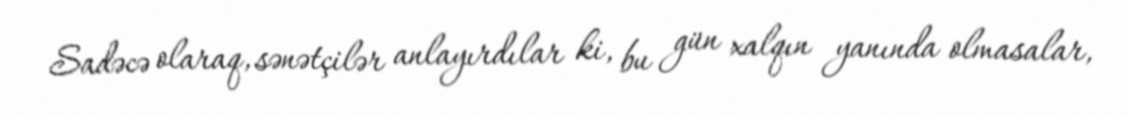
Sadəcə olaraq, sənətçilər anlayırdılar ki, bu gün xalqın yanında olmasalar,